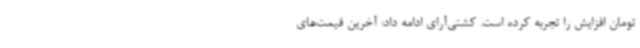
تومان افزایش را تجربه کرده است. کشتی‌آرای ادامه داد: آخرین قیمت‌های